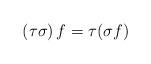
LaTeX: \begin{align*} \left( \tau\sigma \right) f = \tau (\sigma f) \end{align*}